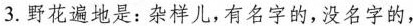
3.野花遍地是:杂样儿，有名字的,没名字的，